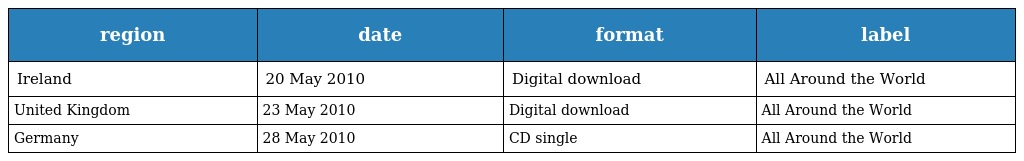
| region | date | format | label |
 | --- | --- | --- | --- |
 | Ireland | 20 May 2010 | Digital download | All Around the World |
 | United Kingdom | 23 May 2010 | Digital download | All Around the World |
 | Germany | 28 May 2010 | CD single | All Around the World |